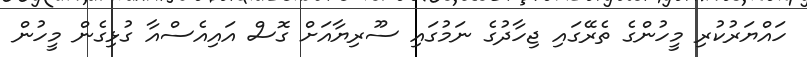
ހައްޔަރުކުރި މީހުންގެ ތެރޭގައި ޖިހާދުގެ ނަމުގައި ސޫރިޔާއަށް ގޮސް އައިއެސްއާ ގުޅިގެން މީހުން